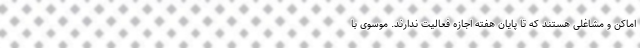
اماکن و مشاغلی هستند که تا پایان هفته اجازه فعالیت ندارند. موسوی با